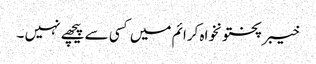
خیبرپختونخواہ کرائم میں کسی سے پیچھے نہیں ۔